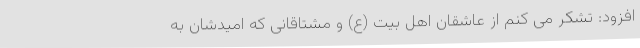
افزود: تشکر می کنم از عاشقان اهل بیت (ع) و مشتاقانی که امیدشان به